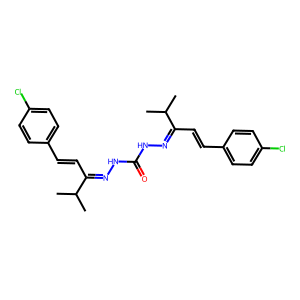
SMILES: CC(C)C(C=Cc1ccc(Cl)cc1)=NNC(=O)NN=C(C=Cc1ccc(Cl)cc1)C(C)C
Inhibits HIV replication: No